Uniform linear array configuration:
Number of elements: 32
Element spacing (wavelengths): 0.25
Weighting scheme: blackman
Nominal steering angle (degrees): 45
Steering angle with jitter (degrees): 44.48
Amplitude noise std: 0.05
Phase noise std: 0.05

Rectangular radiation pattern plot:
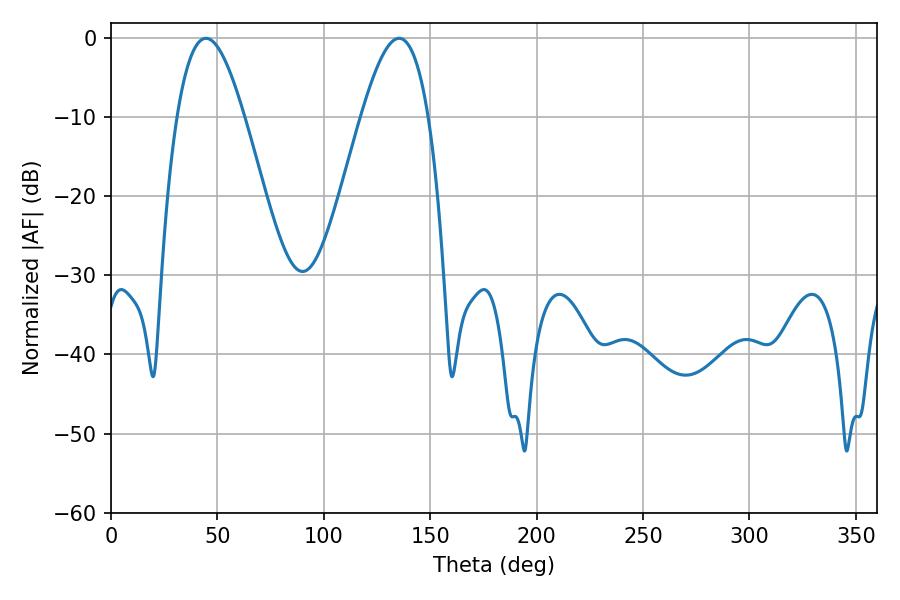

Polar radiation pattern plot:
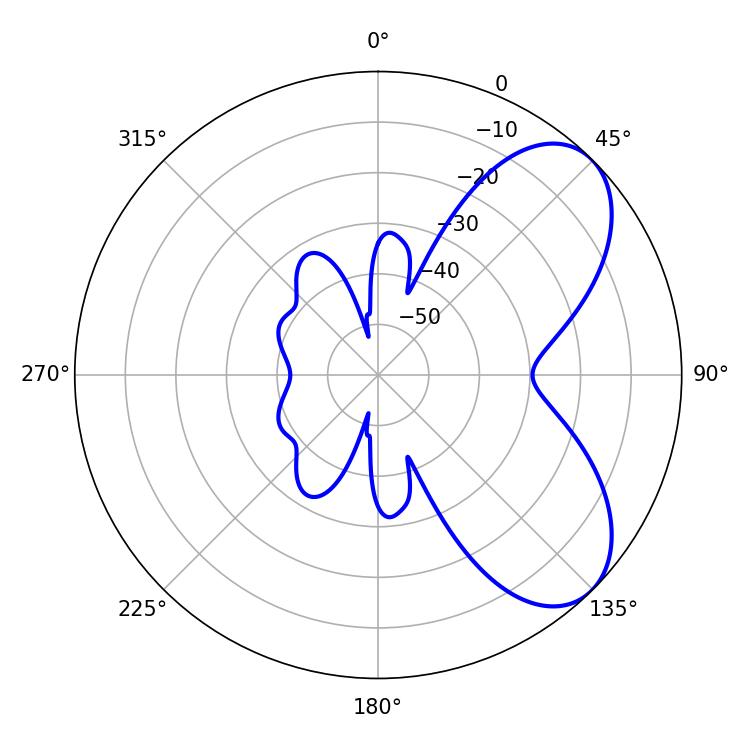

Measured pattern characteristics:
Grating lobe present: FALSE
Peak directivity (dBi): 6.35
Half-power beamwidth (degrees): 17.1
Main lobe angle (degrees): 44.64